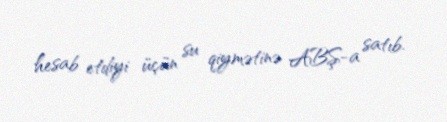
hesab etdiyi üçün su qiymətinə ABŞ-a satıb.